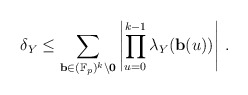
\begin{align*}\delta_Y& \leq \sum_{\mathbf{b} \in (\mathbb{F}_p)^k \setminus \mathbf{0}} \left| \prod_{u = 0}^{k-1} \lambda_{Y}(\mathbf{b}(u)) \right|\,.\end{align*}